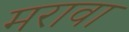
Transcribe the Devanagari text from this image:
मरावा